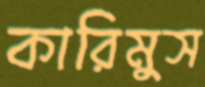
কারিমুস